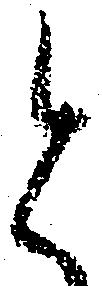
と